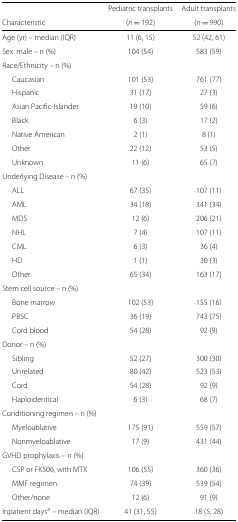
<table><thead><tr><td></td><td><b>Pediatric transplants</b></td><td><b>Adult transplants</b></td></tr><tr><td><b>Characteristic</b></td><td><b>(<i>n</i> =192)</b></td><td><b>(<i>n</i> =990)</b></td></tr></thead><tbody><tr><td>Age (yr) – median (IQR)</td><td>11 (6, 15)</td><td>52 (42, 61)</td></tr><tr><td>Sex: male – n (%)</td><td>104 (54)</td><td>583 (59)</td></tr><tr><td>Race/Ethnicity – n (%)</td><td></td><td></td></tr><tr><td>Caucasian</td><td>101 (53)</td><td>761 (77)</td></tr><tr><td>Hispanic</td><td>31 (17)</td><td>27 (3)</td></tr><tr><td>Asian Pacific-Islander</td><td>19 (10)</td><td>59 (6)</td></tr><tr><td>Black</td><td>6 (3)</td><td>17 (2)</td></tr><tr><td>Native American</td><td>2 (1)</td><td>8 (1)</td></tr><tr><td>Other</td><td>22 (12)</td><td>53 (5)</td></tr><tr><td>Unknown</td><td>11 (6)</td><td>65 (7)</td></tr><tr><td>Underlying Disease – n (%)</td><td></td><td></td></tr><tr><td>ALL</td><td>67 (35)</td><td>107 (11)</td></tr><tr><td>AML</td><td>34 (18)</td><td>341 (34)</td></tr><tr><td>MDS</td><td>12 (6)</td><td>206 (21)</td></tr><tr><td>NHL</td><td>7 (4)</td><td>107 (11)</td></tr><tr><td>CML</td><td>6 (3)</td><td>36 (4)</td></tr><tr><td>HD</td><td>1 (1)</td><td>30 (3)</td></tr><tr><td>Other</td><td>65 (34)</td><td>163 (17)</td></tr><tr><td>Stem cell source – n (%)</td><td></td><td></td></tr><tr><td>Bone marrow</td><td>102 (53)</td><td>155 (16)</td></tr><tr><td>PBSC</td><td>36 (19)</td><td>743 (75)</td></tr><tr><td>Cord blood</td><td>54 (28)</td><td>92 (9)</td></tr><tr><td>Donor – n (%)</td><td></td><td></td></tr><tr><td>Sibling</td><td>52 (27)</td><td>300 (30)</td></tr><tr><td>Unrelated</td><td>80 (42)</td><td>523 (53)</td></tr><tr><td>Cord</td><td>54 (28)</td><td>92 (9)</td></tr><tr><td>Haploidentical</td><td>6 (3)</td><td>68 (7)</td></tr><tr><td>Conditioning regimen – n (%)</td><td></td><td></td></tr><tr><td>Myeloablative</td><td>175 (91)</td><td>559 (57)</td></tr><tr><td>Nonmyeloablative</td><td>17 (9)</td><td>431 (44)</td></tr><tr><td>GVHD prophylaxis – n (%)</td><td></td><td></td></tr><tr><td>CSP or FK506, with MTX</td><td>106 (55)</td><td>360 (36)</td></tr><tr><td>MMF regimen</td><td>74 (39)</td><td>539 (54)</td></tr><tr><td>Other/none</td><td>12 (6)</td><td>91 (9)</td></tr><tr><td>Inpatient days<sup>a</sup> – median (IQR)</td><td>41 (31, 55)</td><td>18 (5, 28)</td></tr></tbody></table>